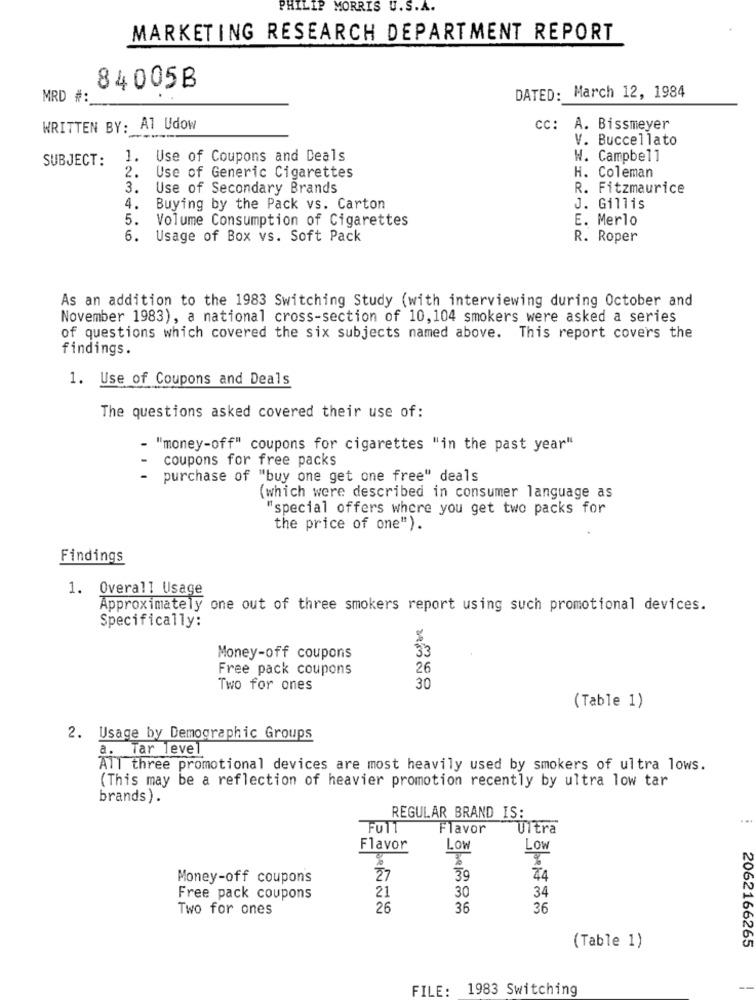
PHILIP MORRIS U.S.A.
MARKETING RESEARCH DEPARTMENT REPORT
84005B
DATED: March 12, 1984
MRD #:
WRITTEN BY: AT Udow
cc: A. Bissmeyer
----
V. Buccellato
SUBJECT:
1. Use of Coupons and Deals
W. Campbell
2.
Use of Generic Cigarettes
H. Coleman
3.
Use of Secondary Brands
R. Fitzmaurice
4.
Buying by the Pack vs. Carton
J. Gillis
5.
Volume Consumption of Cigarettes
E. Merlo
6. Usage of Box vs. Soft Pack
R. Roper
As an addition to the 1983 Switching Study (with interviewing during October and
November 1983), a national cross-section of 10,104 smokers were asked a series
of questions which covered the six subjects named above. This report covers the
findings.
1. Use of Coupons and Deals
The questions asked covered their use of:
"money-off" coupons for cigarettes "in the past year"
coupons for free packs
purchase of "buy one get one free" deals
(which were described in consumer language as
"special offers where you get two packs for
the price of one").
Findings
1. Overall Usage
Approximately one out of three smokers report using such promotional devices.
Specifically:
33
Money-off coupons
Free pack coupons
26
Two for ones
30
(Table 1)
2. Usage by Demographic Groups
a. Tar level
All three promotional devices are most heavily used by smokers of ultra lows.
(This may be a reflection of heavier promotion recently by ultra low tar
brands).
REGULAR BRAND IS:
...
FUTT
Flavor
Ultra
Flavor
LOW
LOW
Money-off coupons
27
39
74
21
30
Free pack coupons
34
Two for ones
26
36
36
(Table 1)
2062166265
FILE: 1983 Switching